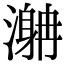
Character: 𣽯